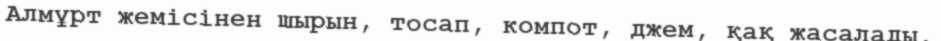
Алмұрт жемісінен шырын, тосап, компот, джем, қақ жасалады.